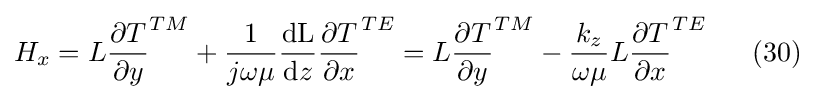
H_{x}=L{\frac {\partial T}{\partial y}}^{TM}+{\frac {1}{j\omega \mu }}{\frac {\mathrm {dL} }{\mathrm {d} z}}{\frac {\partial T}{\partial x}}^{TE}=L{\frac {\partial T}{\partial y}}^{TM}-{\frac {k_{z}}{\omega \mu }}L{\frac {\partial T}{\partial x}}^{TE}\ \ \ \ \ (30)